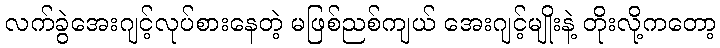
လက်ခွဲအေးဂျင့်လုပ်စားနေတဲ့ မဖြစ်ညစ်ကျယ် အေးဂျင့်မျိုးနဲ့ တိုးလို့ကတော့